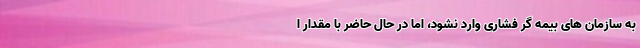
به سازمان های بیمه گر فشاری وارد نشود، اما در حال حاضر با مقدار ا